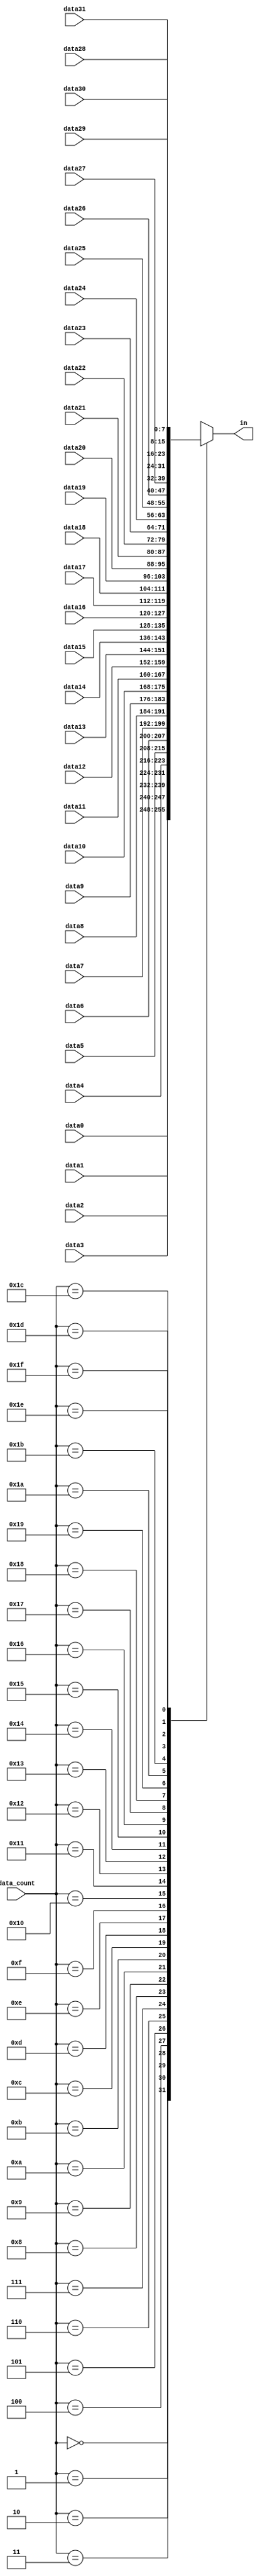
// vim: set filetype=verilog:
module mux_selector(
		// php > for ($i=0; $i<=31; $i++) echo "data".$i.", ";
		input [7:0] data0, data1, data2, data3, data4, data5, data6, data7,
		input [7:0] data8, data9, data10, data11, data12, data13, data14, data15,
		input [7:0] data16, data17, data18, data19, data20, data21, data22, data23,
		input [7:0] data24, data25, data26, data27, data28, data29, data30, data31,
		input [4:0] data_count, output reg [7:0] in
	);

	always @(*) begin
		case (data_count)
			// php > for ($i=0; $i<=31; $i++) echo $i.": in = data".$i.";\n";
			0: in = data0;
			1: in = data1;
			2: in = data2;
			3: in = data3;
			4: in = data4;
			5: in = data5;
			6: in = data6;
			7: in = data7;
			8: in = data8;
			9: in = data9;
			10: in = data10;
			11: in = data11;
			12: in = data12;
			13: in = data13;
			14: in = data14;
			15: in = data15;
			16: in = data16;
			17: in = data17;
			18: in = data18;
			19: in = data19;
			20: in = data20;
			21: in = data21;
			22: in = data22;
			23: in = data23;
			24: in = data24;
			25: in = data25;
			26: in = data26;
			27: in = data27;
			28: in = data28;
			29: in = data29;
			30: in = data30;
			31: in = data31;
			default: in = 0;
		endcase
	end

endmodule